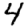
Digit: 4